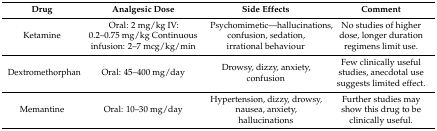
<table><thead><tr><td><b>Drug</b></td><td><b>Analgesic Dose</b></td><td><b>Side Effects</b></td><td><b>Comment</b></td></tr></thead><tbody><tr><td>Ketamine</td><td>Oral: 2 mg/kg IV: 0.2–0.75 mg/kg Continuous infusion: 2–7 mcg/kg/min</td><td>Psychomimetic—hallucinations, confusion, sedation, irrational behaviour</td><td>No studies of higher dose, longer duration regimens limit use.</td></tr><tr><td>Dextromethorphan</td><td>Oral: 45–400 mg/day</td><td>Drowsy, dizzy, anxiety, confusion</td><td>Few clinically useful studies, anecdotal use suggests limited effect. </td></tr><tr><td>Memantine</td><td>Oral: 10–30 mg/day</td><td>Hypertension, dizzy, drowsy, nausea, anxiety, hallucinations</td><td>Further studies may show this drug to be clinically useful.</td></tr></tbody></table>